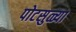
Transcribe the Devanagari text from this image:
पोटसुळ्या